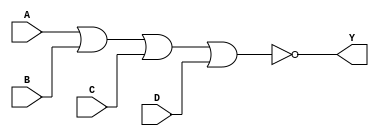
/*
 * Copyright 2020 The SkyWater PDK Authors
 *
 * Licensed under the Apache License, Version 2.0 (the "License");
 * you may not use this file except in compliance with the License.
 * You may obtain a copy of the License at
 *
 *     https://www.apache.org/licenses/LICENSE-2.0
 *
 * Unless required by applicable law or agreed to in writing, software
 * distributed under the License is distributed on an "AS IS" BASIS,
 * WITHOUT WARRANTIES OR CONDITIONS OF ANY KIND, either express or implied.
 * See the License for the specific language governing permissions and
 * limitations under the License.
 *
 * SPDX-License-Identifier: Apache-2.0
*/


`ifndef SKY130_FD_SC_HD__NOR4_FUNCTIONAL_V
`define SKY130_FD_SC_HD__NOR4_FUNCTIONAL_V

/**
 * nor4: 4-input NOR.
 *
 *       Y = !(A | B | C | D)
 *
 * Verilog simulation functional model.
 */

`timescale 1ns / 1ps
`default_nettype none

`celldefine
module sky130_fd_sc_hd__nor4 (
    Y,
    A,
    B,
    C,
    D
);

    // Module ports
    output Y;
    input  A;
    input  B;
    input  C;
    input  D;

    // Local signals
    wire nor0_out_Y;

    //  Name  Output      Other arguments
    nor nor0 (nor0_out_Y, A, B, C, D     );
    buf buf0 (Y         , nor0_out_Y     );

endmodule
`endcelldefine

`default_nettype wire
`endif  // SKY130_FD_SC_HD__NOR4_FUNCTIONAL_V